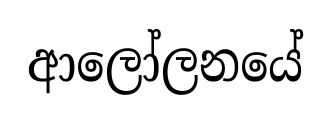
ආලෝලනයේ